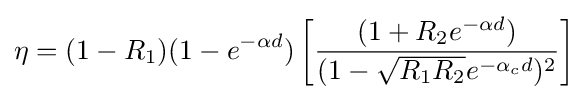
\eta =(1-R_{1})(1-e^{-\alpha d})\left[{\frac {(1+R_{2}e^{-\alpha d})}{(1-{\sqrt {R_{1}R_{2}}}e^{-\alpha _{c}d})^{2}}}\right]